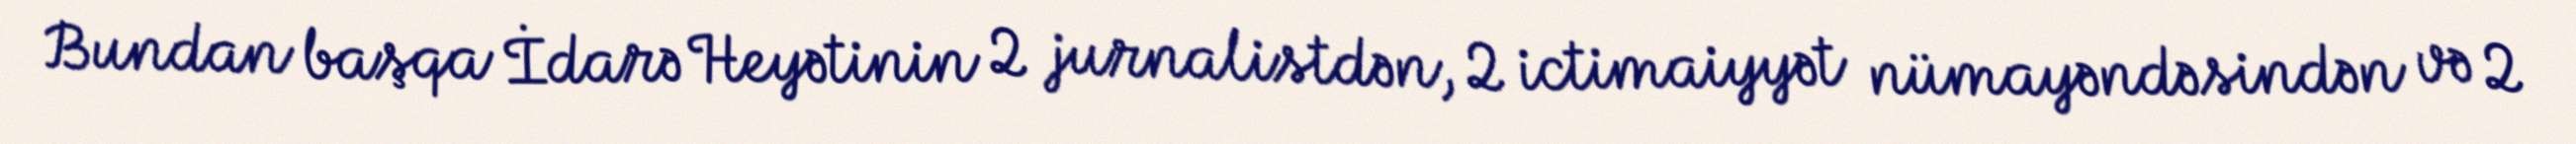
Bundan başqa İdarə Heyətinin 2 jurnalistdən, 2 ictimaiyyət nümayəndəsindən və 2